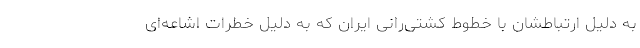
به دلیل ارتباطشان با خطوط کشتی‌رانی ایران که به دلیل خطرات اشاعه‌ای